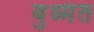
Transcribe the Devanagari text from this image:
बुध्मंत